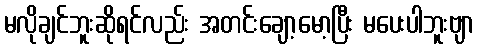
မလိုချင်ဘူးဆိုရင်လည်း အတင်းချော့မော့ပြီး မပေးပါဘူးဗျာ